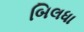
બિલધા